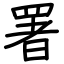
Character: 署